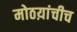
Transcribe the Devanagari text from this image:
मोठय़ांचीच